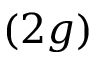
( 2 g )